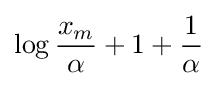
\log {\frac {x_{m}}{\alpha }}+1+{\frac {1}{\alpha }}